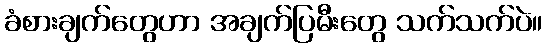
ခံစားချက်တွေဟာ အချက်ပြမီးတွေ သက်သက်ပဲ။